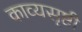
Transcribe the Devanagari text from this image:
काव्यसृष्टी